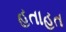
હતાહત